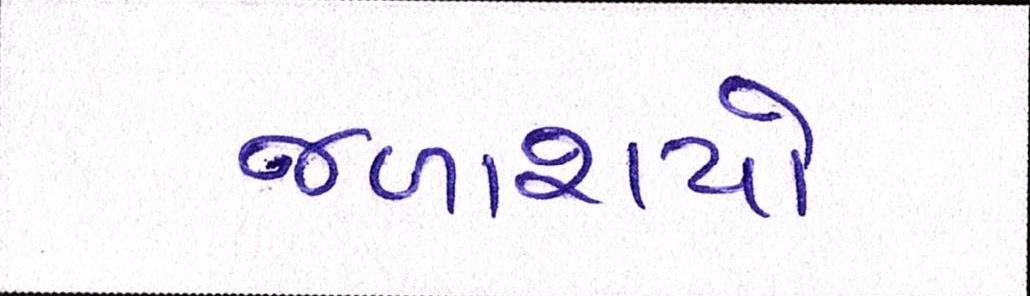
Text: જળાશયો